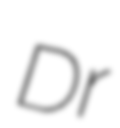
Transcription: Dr